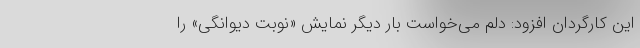
این کارگردان افزود: دلم می‌خواست بار دیگر نمایش «نوبت دیوانگی» را